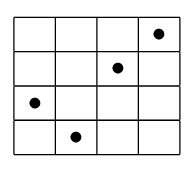
{\begin{array}{|c|c|c|c|}\hline &&&\bullet \\\hline &&\bullet &\\\hline \bullet &&&\\\hline &\bullet &&\\\hline \end{array}}